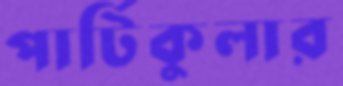
পার্টিকুলার